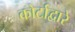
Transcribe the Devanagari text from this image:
कोर्टाद्वारे